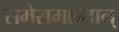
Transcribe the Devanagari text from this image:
समेसमान्तान्